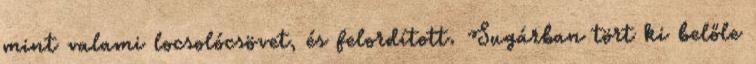
mint valami locsolócsövet, és felordított. Sugárban tört ki belőle